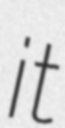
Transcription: it